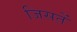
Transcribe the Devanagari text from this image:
जिसतें